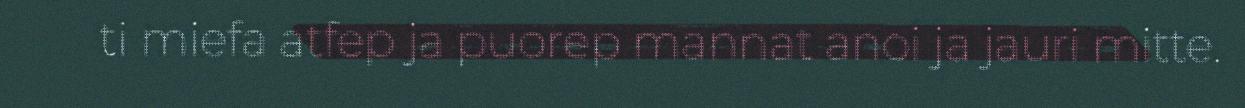
ti miefa atfep ja puorep mannat anoi ja jauri mitte.